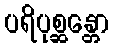
ပရိပုစ္ဆန္တော